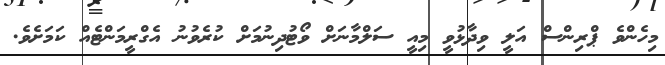
މިހެންވެ ޕްރިންސް އަލީ ވިދާޅުވީ މިއީ ސަލްމާނަށް ވޯޓުދިނުމަށް ކުރެވުނު އެގްރީމަންޓެއް ކަމަށެވެ.